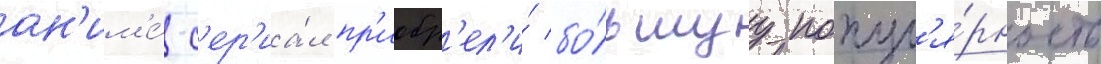
ан'им'е́-с'ер'иа́л пр'иобр'ел'и́ бо́льшуу попул'я́рность